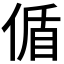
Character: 偱